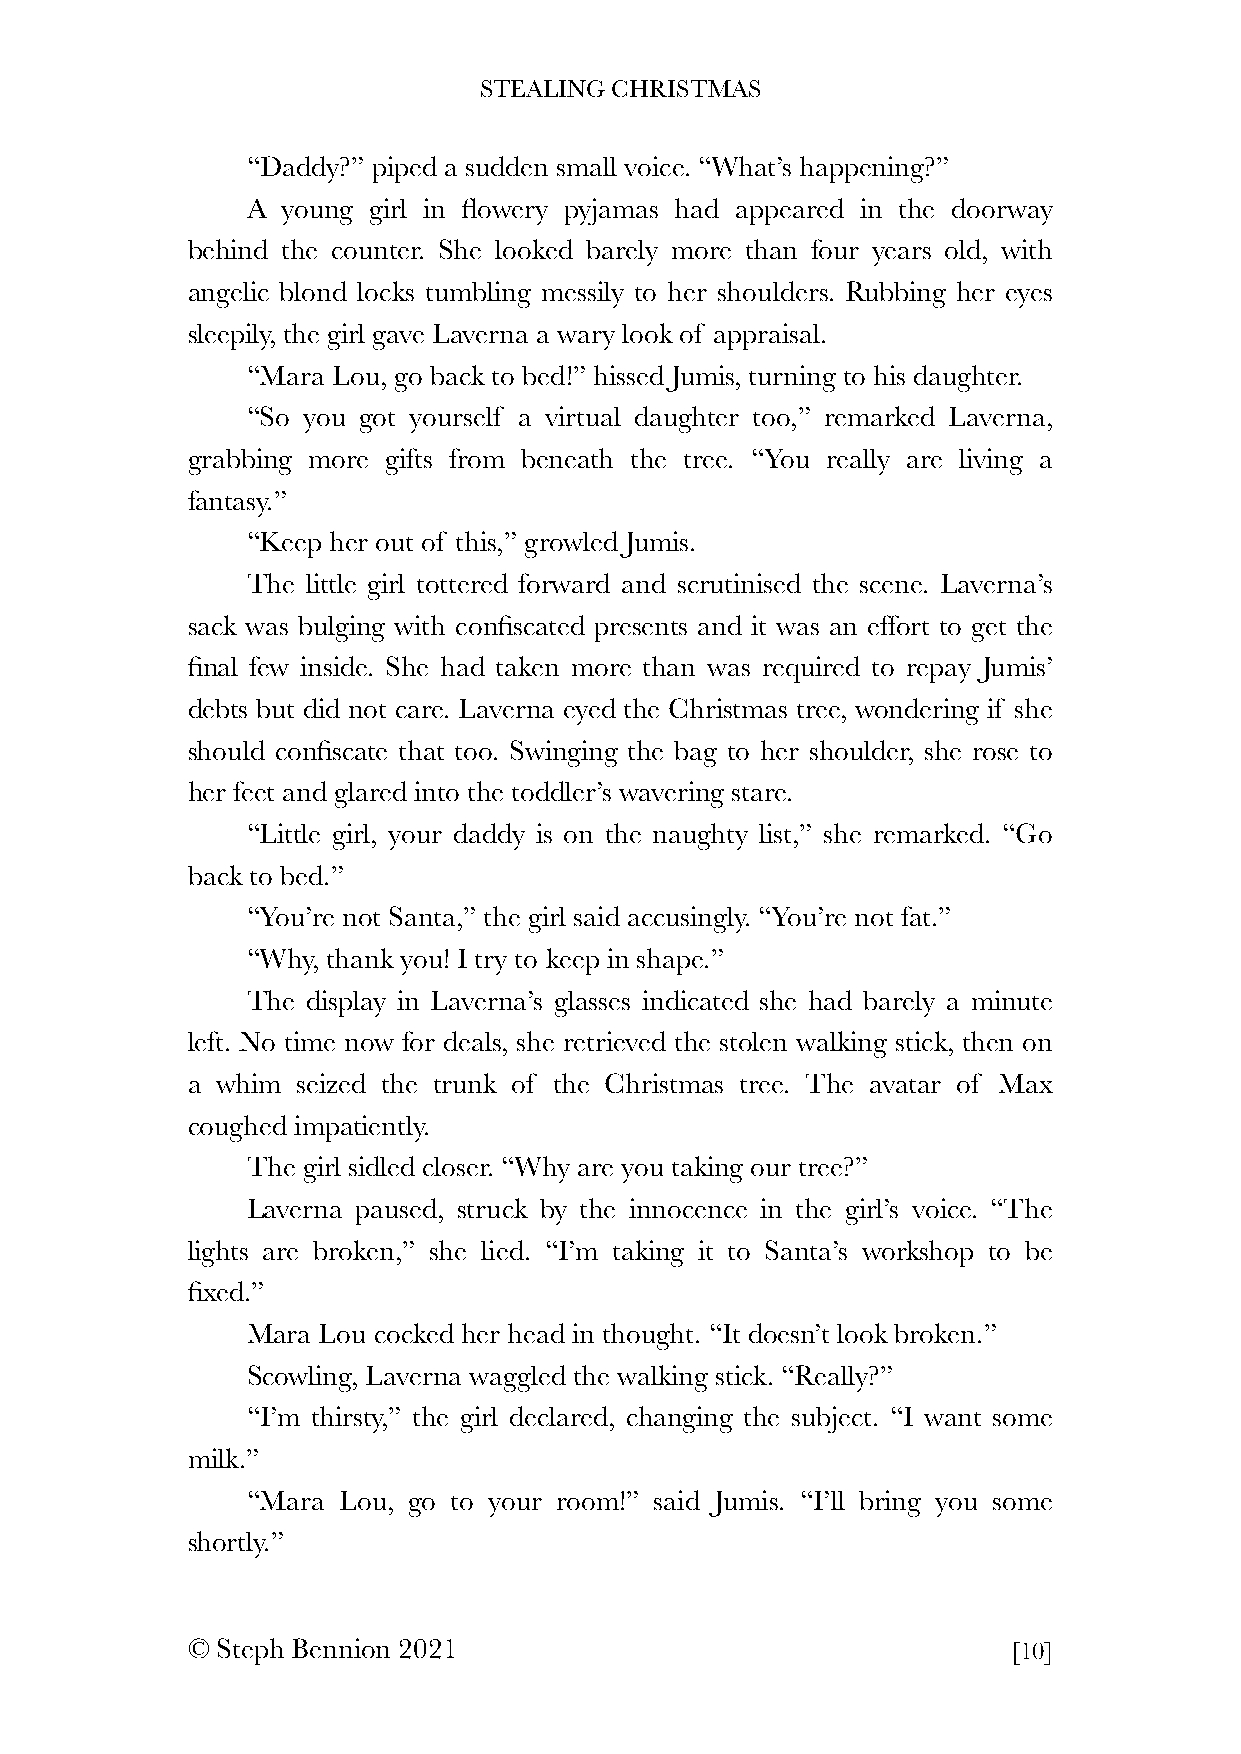
STEALING CHRISTMAS
 “Daddy?” piped a sudden small voice. “What’s happening?”
 A  young girl in flowery pyjamas had appeared in the doorway
 behind the counter. She looked barely more than four years old, with
 angelic blond locks tumbling messily to her shoulders. Rubbing her eyes
 sleepily, the girl gave Laverna a wary look of appraisal.
 “Mara Lou, go back to bed!” hissed Jumis, turning to his daughter.
 “So you got yourself a virtual daughter too,” remarked Laverna,
 grabbing more gifts from beneath the tree. “You really are living a
 fantasy.”
 “Keep her out of this,” growled Jumis.
 The little girl tottered forward and scrutinised the scene. Laverna’s
 sack was bulging with confiscated presents and it was an effort to get the
 final few inside. She had taken more than was required to repay Jumis’
 debts but did not care. Laverna eyed the Christmas tree, wondering if she
 should confiscate that too. Swinging the bag to her shoulder, she rose to
 her feet and glared into the toddler’s wavering stare.
 “Little girl, your daddy is on the naughty list,” she remarked. “Go
 back to bed.”
 “You’re not Santa,” the girl said accusingly. “You’re not fat.”
 “Why, thank you! I try to keep in shape.”
 The display in Laverna’s glasses indicated she had barely a minute
 left. No time now for deals, she retrieved the stolen walking stick, then on
 a whim  seized the trunk of the Christmas tree. The avatar of Max
 coughed impatiently.
 The girl sidled closer. “Why are you taking our tree?”
 Laverna paused, struck by the innocence in the girl’s voice. “The
 lights are broken,” she lied. “I’m taking it to Santa’s workshop to be
 fixed.”
 Mara Lou cocked her head in thought. “It doesn’t look broken.”
 Scowling, Laverna waggled the walking stick. “Really?”
 “I’m thirsty,” the girl declared, changing the subject. “I want some
 milk.”
 “Mara Lou, go to your room!” said Jumis. “I’ll bring you some
 shortly.”
 © Steph Bennion 2021                                   [10]